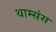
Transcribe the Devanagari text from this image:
थाम्संस